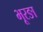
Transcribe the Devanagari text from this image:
भूरङा